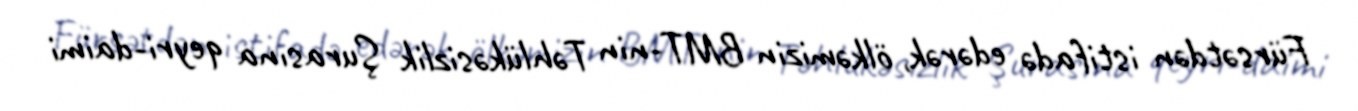
Fürsətdən istifadə edərək, ölkəmizin BMT-nin Təhlükəsizlik Şurasına qeyri-daimi